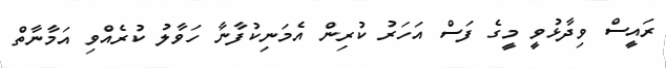
ރައީސް ވިދާޅުވީ މީގެ ފަސް އަހަރު ކުރިން އެމަނިކުފާނާ ހަވާލު ކުރެއްވި އަމާނާތް